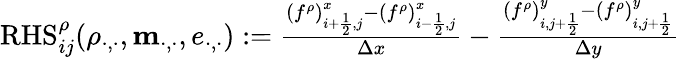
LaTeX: \begin{array}{r}{\mathrm{RHS}_{ij}^{\rho}(\rho_{\cdot,\cdot},\mathbf m_{\cdot,\cdot},e_{\cdot,\cdot}):=\frac{(f^{\rho})_{i+\frac 12,j}^{x}-(f^{\rho})_{i-\frac 12,j}^{x}}{\Delta x}-\frac{(f^{\rho})_{i,j+\frac 12}^{y}-(f^{\rho})_{i,j+\frac 12}^{y}}{\Delta y}}\end{array}